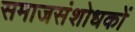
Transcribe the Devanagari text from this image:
समाजसंशोधकों